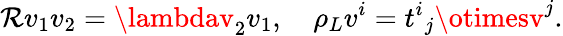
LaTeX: \mathcal{R}v_{1}v_{2}=\lambdav_{2}v_{1},\quad\rho_{L}v^{i}={t^{i}}_{j}\otimesv^{j}.